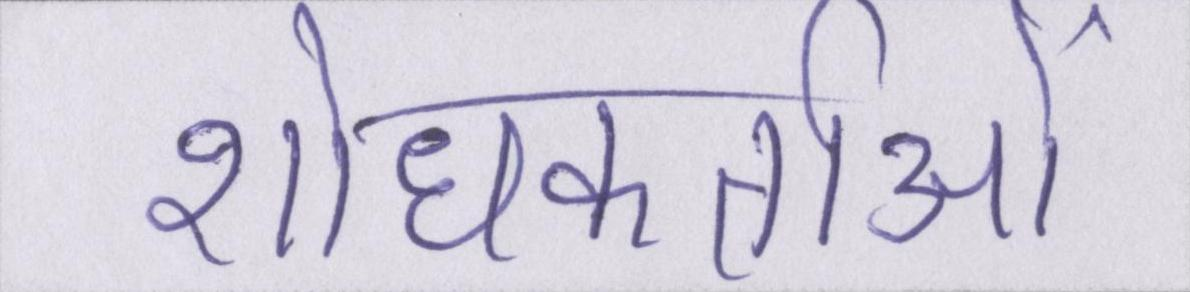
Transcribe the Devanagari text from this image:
शोधकर्ताओं